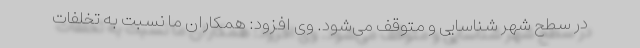
در سطح شهر شناسایی و متوقف می‌شود. وی افزود: همکاران ما نسبت به تخلفات